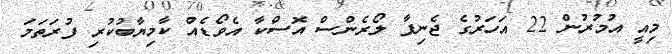
މިއީ އުމުރުން 22 އަހަރުގެ ޖެނިފާ ލޯރެންސް އޮސްކާ އެވޯޑެއް ކާމިޔާބުކުރި ފުރަތަމަ